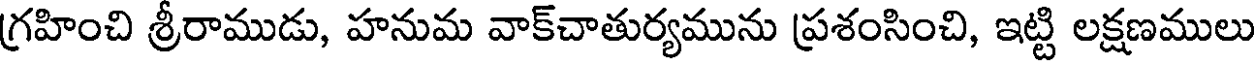
గ్రహించి శ్రీరాముడు, హనుమ వాక్చాతుర్యమును ప్రశంసించి, ఇట్టి లక్షణములు